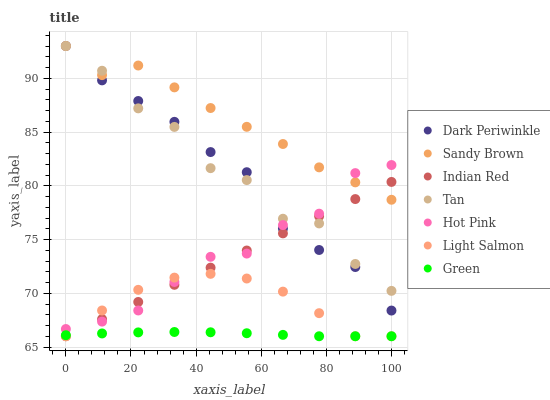
| xaxis_label | Dark Periwinkle | Sandy Brown | Indian Red | Tan | Hot Pink | Light Salmon | Green |
 | --- | --- | --- | --- | --- | --- | --- | --- |
 | 0 | 93 | 93 | 66 | 93 | 66.7 | 66 | 66.1 |
 | 11.1 | 89.8 | 90.3 | 67.6 | 90.7 | 67.4 | 68.4 | 66.3 |
 | 22.2 | 87.9 | 91.2 | 69.2 | 87.2 | 68.4 | 70.3 | 66.4 |
 | 33.3 | 85.9 | 89.2 | 70.8 | 85.5 | 71.1 | 71.5 | 66.4 |
 | 44.4 | 83.1 | 87.2 | 72.4 | 81.6 | 73.4 | 71.8 | 66.4 |
 | 55.6 | 81.3 | 85.5 | 74 | 80.5 | 73.7 | 71.4 | 66.3 |
 | 66.7 | 76 | 83.9 | 75.6 | 76.9 | 76.3 | 70.2 | 66.1 |
 | 77.8 | 74 | 81.7 | 77.2 | 76.5 | 77.4 | 68.1 | 66 |
 | 88.9 | 72.4 | 80.3 | 78.8 | 72.7 | 81.2 | 66 | 66 |
 | 100 | 68.4 | 78.7 | 80.4 | 70.2 | 81.9 | 66 | 66 |